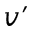
v ^ { \prime }